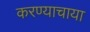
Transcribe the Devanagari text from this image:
करण्याचाया